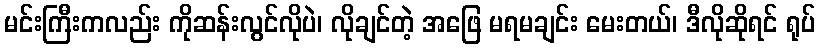
မင်းကြီးကလည်း ကိုဆန်းလွင်လိုပဲ၊ လိုချင်တဲ့ အဖြေ မရမချင်း မေးတယ်၊ ဒီလိုဆိုရင် ရုပ်